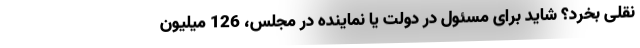
نقلی بخرد؟ شاید برای مسئول در دولت یا نماینده در مجلس، 126 میلیون